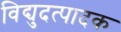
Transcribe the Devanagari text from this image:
विद्युदत्पादक